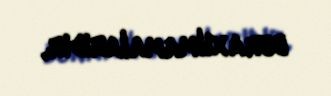
buraxılmamalarıdır.